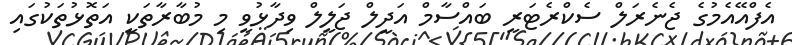
އެފްއޭއެމުގެ ޖެނެރަލް ސެކްރެޓަރީ ބައްސާމް އަދީލް ޖަލީލް ވިދާޅުވީ މި މުބާރާތަކީ އަތޮޅުތަކުގައި